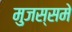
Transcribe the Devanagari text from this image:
मुजस्समे